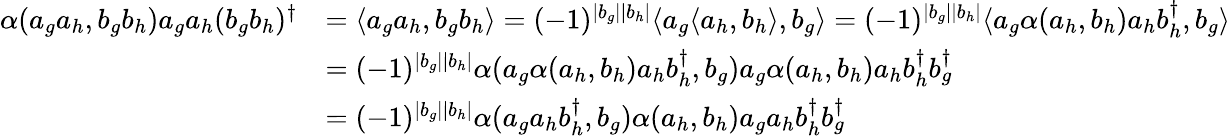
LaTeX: \begin{array}{rl}{\alpha(a_{g}a_{h},b_{g}b_{h})a_{g}a_{h}(b_{g}b_{h})^{\dagger}}&{=\langle a_{g}a_{h},b_{g}b_{h}\rangle=(-1)^{|b_{g}||b_{h}|}\langle a_{g}\langle a_{h},b_{h}\rangle,b_{g}\rangle=(-1)^{|b_{g}||b_{h}|}\langle a_{g}\alpha(a_{h},b_{h})a_{h}b_{h}^{\dagger},b_{g}\rangle}\\ &{=(-1)^{|b_{g}||b_{h}|}\alpha(a_{g}\alpha(a_{h},b_{h})a_{h}b_{h}^{\dagger},b_{g})a_{g}\alpha(a_{h},b_{h})a_{h}b_{h}^{\dagger}b_{g}^{\dagger}}\\ &{=(-1)^{|b_{g}||b_{h}|}\alpha(a_{g}a_{h}b_{h}^{\dagger},b_{g})\alpha(a_{h},b_{h})a_{g}a_{h}b_{h}^{\dagger}b_{g}^{\dagger}}\end{array}